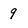
Character: 9